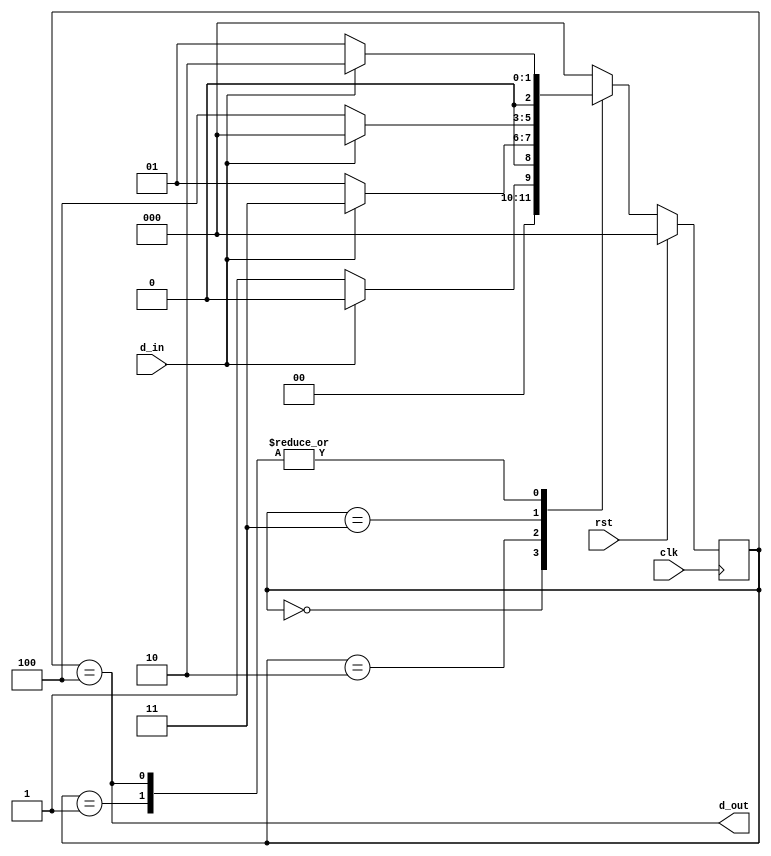
module moore_overlapping(clk,rst,d_in,d_out);
	input clk,rst,d_in;
	output d_out;
	parameter s0=0;
	parameter s1=1;
	parameter s2=2;
	parameter s3=3;
	parameter s4=4;
	reg [2:0]ct_st;
	reg [2:0]nt_st;

	always @(posedge clk)
	begin
		if(rst) ct_st<=s0;
		else ct_st<=nt_st;
	end
	
	always @(ct_st or d_in)
	begin
		case (ct_st)
		s0: begin
			if (d_in==1'b0) nt_st=s1;
			else nt_st=s0;
		    end
		s1: begin
			if(d_in==1'b0) nt_st=s1;
			else nt_st=s2;
		    end
		s2: begin
			if(d_in==1'b0) nt_st=s1;
			else nt_st=s3;
		    end
		s3: begin
			if(d_in==1'b0) nt_st=s4;
			else nt_st=s0;
		    end
		s4: begin
			if(d_in==1'b0) nt_st=s1;
			else nt_st=s2;
		    end
		default: nt_st=s0;
		endcase
	end
	assign d_out = ct_st==s4;
endmodule